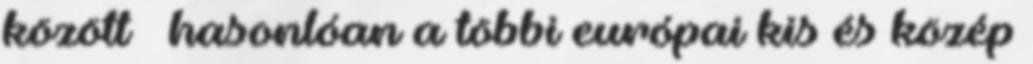
között – hasonlóan a többi európai kis és közép